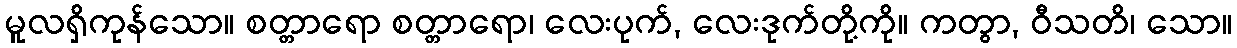
မူလရှိကုန်သော။ စတ္တာရော စတ္တာရော၊ လေးပုက်, လေးဒုက်တို့ကို။ ကတွာ, ဝီသတိ၊ သော။